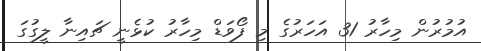
އުމުރުން މިހާރު 31 އަހަރުގެ މި ފޯވަޑް މިހާރު ކުޅެނީ ޗައިނާ ލީގުގަ